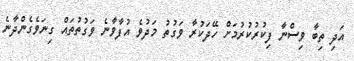
އަދި ތިބާ ވިސްނާ ފިކުރުކުރުމަށް ހޭދަކުރާ ވަގުތު މަދުވެ އުފާވާނެ ވަގުތުތައް ގިނަވެގެންދާނެ